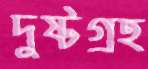
দুষ্টগ্রহ